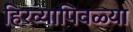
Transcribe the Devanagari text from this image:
हिरव्यापिवळ्या